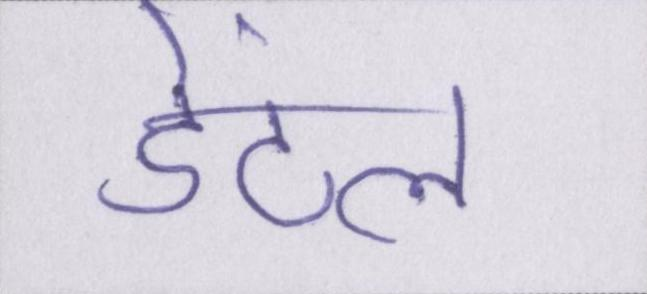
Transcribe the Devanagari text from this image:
डेंटल